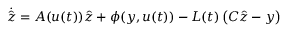
{ \dot { \hat { z } } } = A ( u ( t ) ) { \hat { z } } + \phi ( y , u ( t ) ) - L ( t ) \left( C { \hat { z } } - y \right)